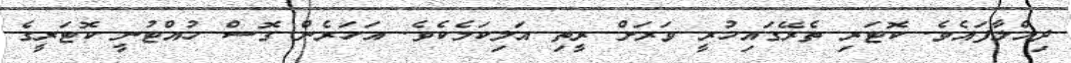
ދިއްލާފައެވެ. ކޮޓަރި ތެރޭގައިހުރީ ވަރަށް ރީތި އަލިކަމެކެވެ. އަހަރެން ގޮސް ހުއްޓުނީ ކޮޓަރީގެ